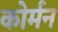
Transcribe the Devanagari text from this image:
कोर्मन